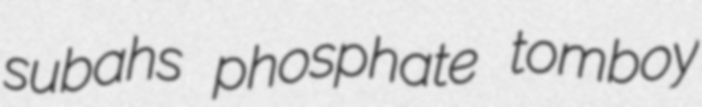
subahs phosphate tomboy